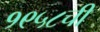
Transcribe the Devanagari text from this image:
१९५८ची